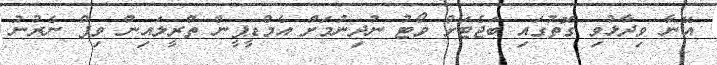
އޭނާ ވިދާޅުވި ގޮތުގައި ބަޖެޓަށް ވޯޓު ނުދިނުމަށް އެމްޑީޕީން ތްރީލައިން ވިޕް ނެރުނު